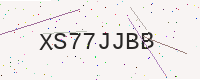
Text: XS77JJBB